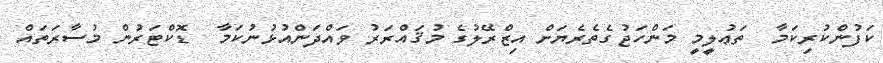
ކަފުންކުރިކަމާ  ތަޢުލީމީ މަންހަޖުގެތެރެޔަށް އިޒްރޭލުގެ މުޤައްރަރު ވައްދަންއުޅުނުކަމާ  ޑޮކްޓަރުން މުސާރަތައް